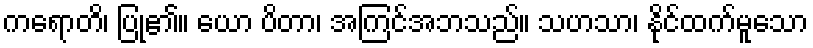
ကရောတိ၊ ပြု၏။ ယော ပိတာ၊ အကြင်အဘသည်။ သဟသာ၊ နိုင်ထက်မူသော